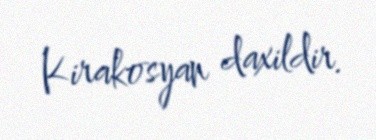
Kirakosyan daxildir.